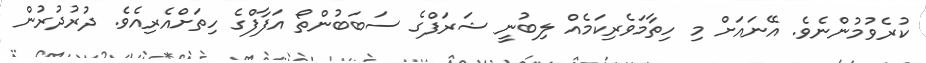
ކުރެވުމުންނެވެ. އޭނައަށް މި ހިތާމަވެރިކަމެއް ލިބުނީ ޝަރަފްގެ ސަބަބުންތޯ އަފާފްގެ ހިތަށްއެރިއެވެ. ދުރުދުރުން